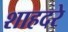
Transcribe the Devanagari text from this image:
शाहदरे